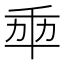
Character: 𠦚